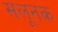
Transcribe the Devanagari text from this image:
सलूनक